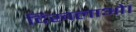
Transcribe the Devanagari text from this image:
दिखलाओ।